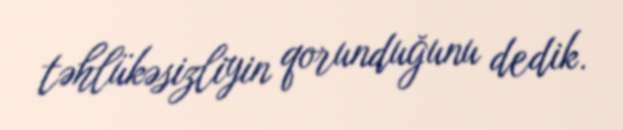
təhlükəsizliyin qorunduğunu dedik.